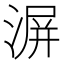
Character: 𣸹